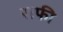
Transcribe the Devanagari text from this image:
राफी